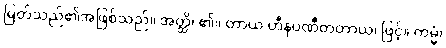
မြတ်သည်၏အဖြစ်သည်။ အတ္ထိ၊ ၏။ တာယ ဟီနပဏီတတာယ၊ ဖြင့်။ ကမ္မံ၊